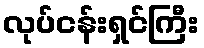
လုပ်ငန်းရှင်ကြီး